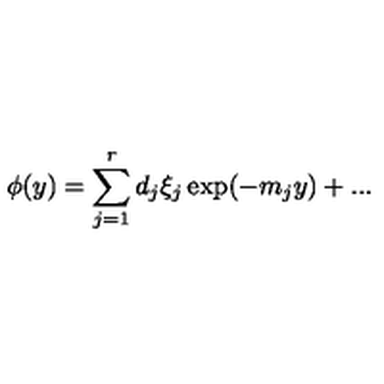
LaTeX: \phi ( y ) = \sum _ { j = 1 } ^ { r } d _ { j } \xi _ { j } \exp ( - m _ { j } y ) + . . .